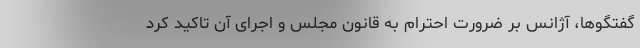
گفتگوها، آژانس بر ضرورت احترام به قانون مجلس و اجرای آن تاکید کرد